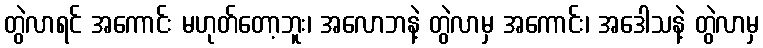
တွဲလာရင် အကောင်း မဟုတ်တော့ဘူး၊ အလောဘနဲ့ တွဲလာမှ အကောင်း၊ အဒေါသနဲ့ တွဲလာမှ